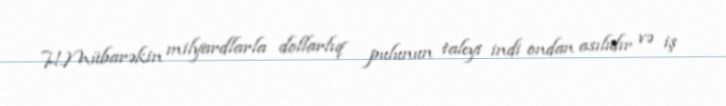
H.Mübarəkin milyardlarla dollarlıq pulunun taleyi indi ondan asılıdır və iş